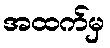
အထက်မှ